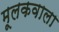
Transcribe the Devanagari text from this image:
मूलकवाला